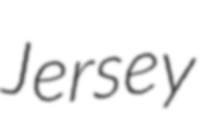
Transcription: Jersey